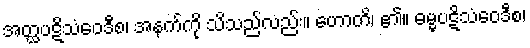
အတ္ထပဋိသံဝေဒီစ၊ အနက်ကို သိသည်လည်း။ ဟောတိ၊ ၏။ ဓမ္မပဋိသံဝေဒီစ၊